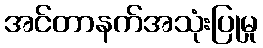
အင်တာနက်အသုံးပြုမှု